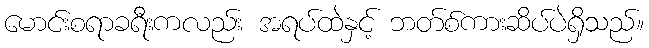
မောင်းစရာခရီးကလည်း အရပ်ထဲနှင့် ဘတ်စ်ကားဆိပ်ပဲရှိသည်။